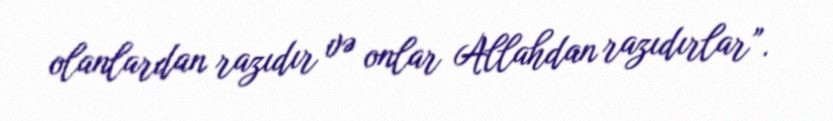
olanlardan razıdır və onlar Allahdan razıdırlar”.